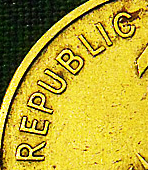
REPUBLIC